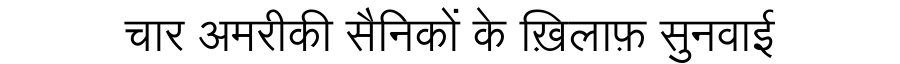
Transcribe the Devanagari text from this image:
चार अमरीकी सैनिकों के ख़िलाफ़ सुनवाई